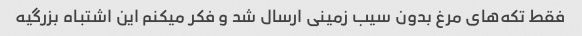
فقط تکه‌های مرغ بدون سیب زمینی ارسال شد و فکر میکنم این اشتباه بزرگیه